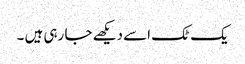
یک ٹک اسے دیکھے جا رہی ہیں ۔